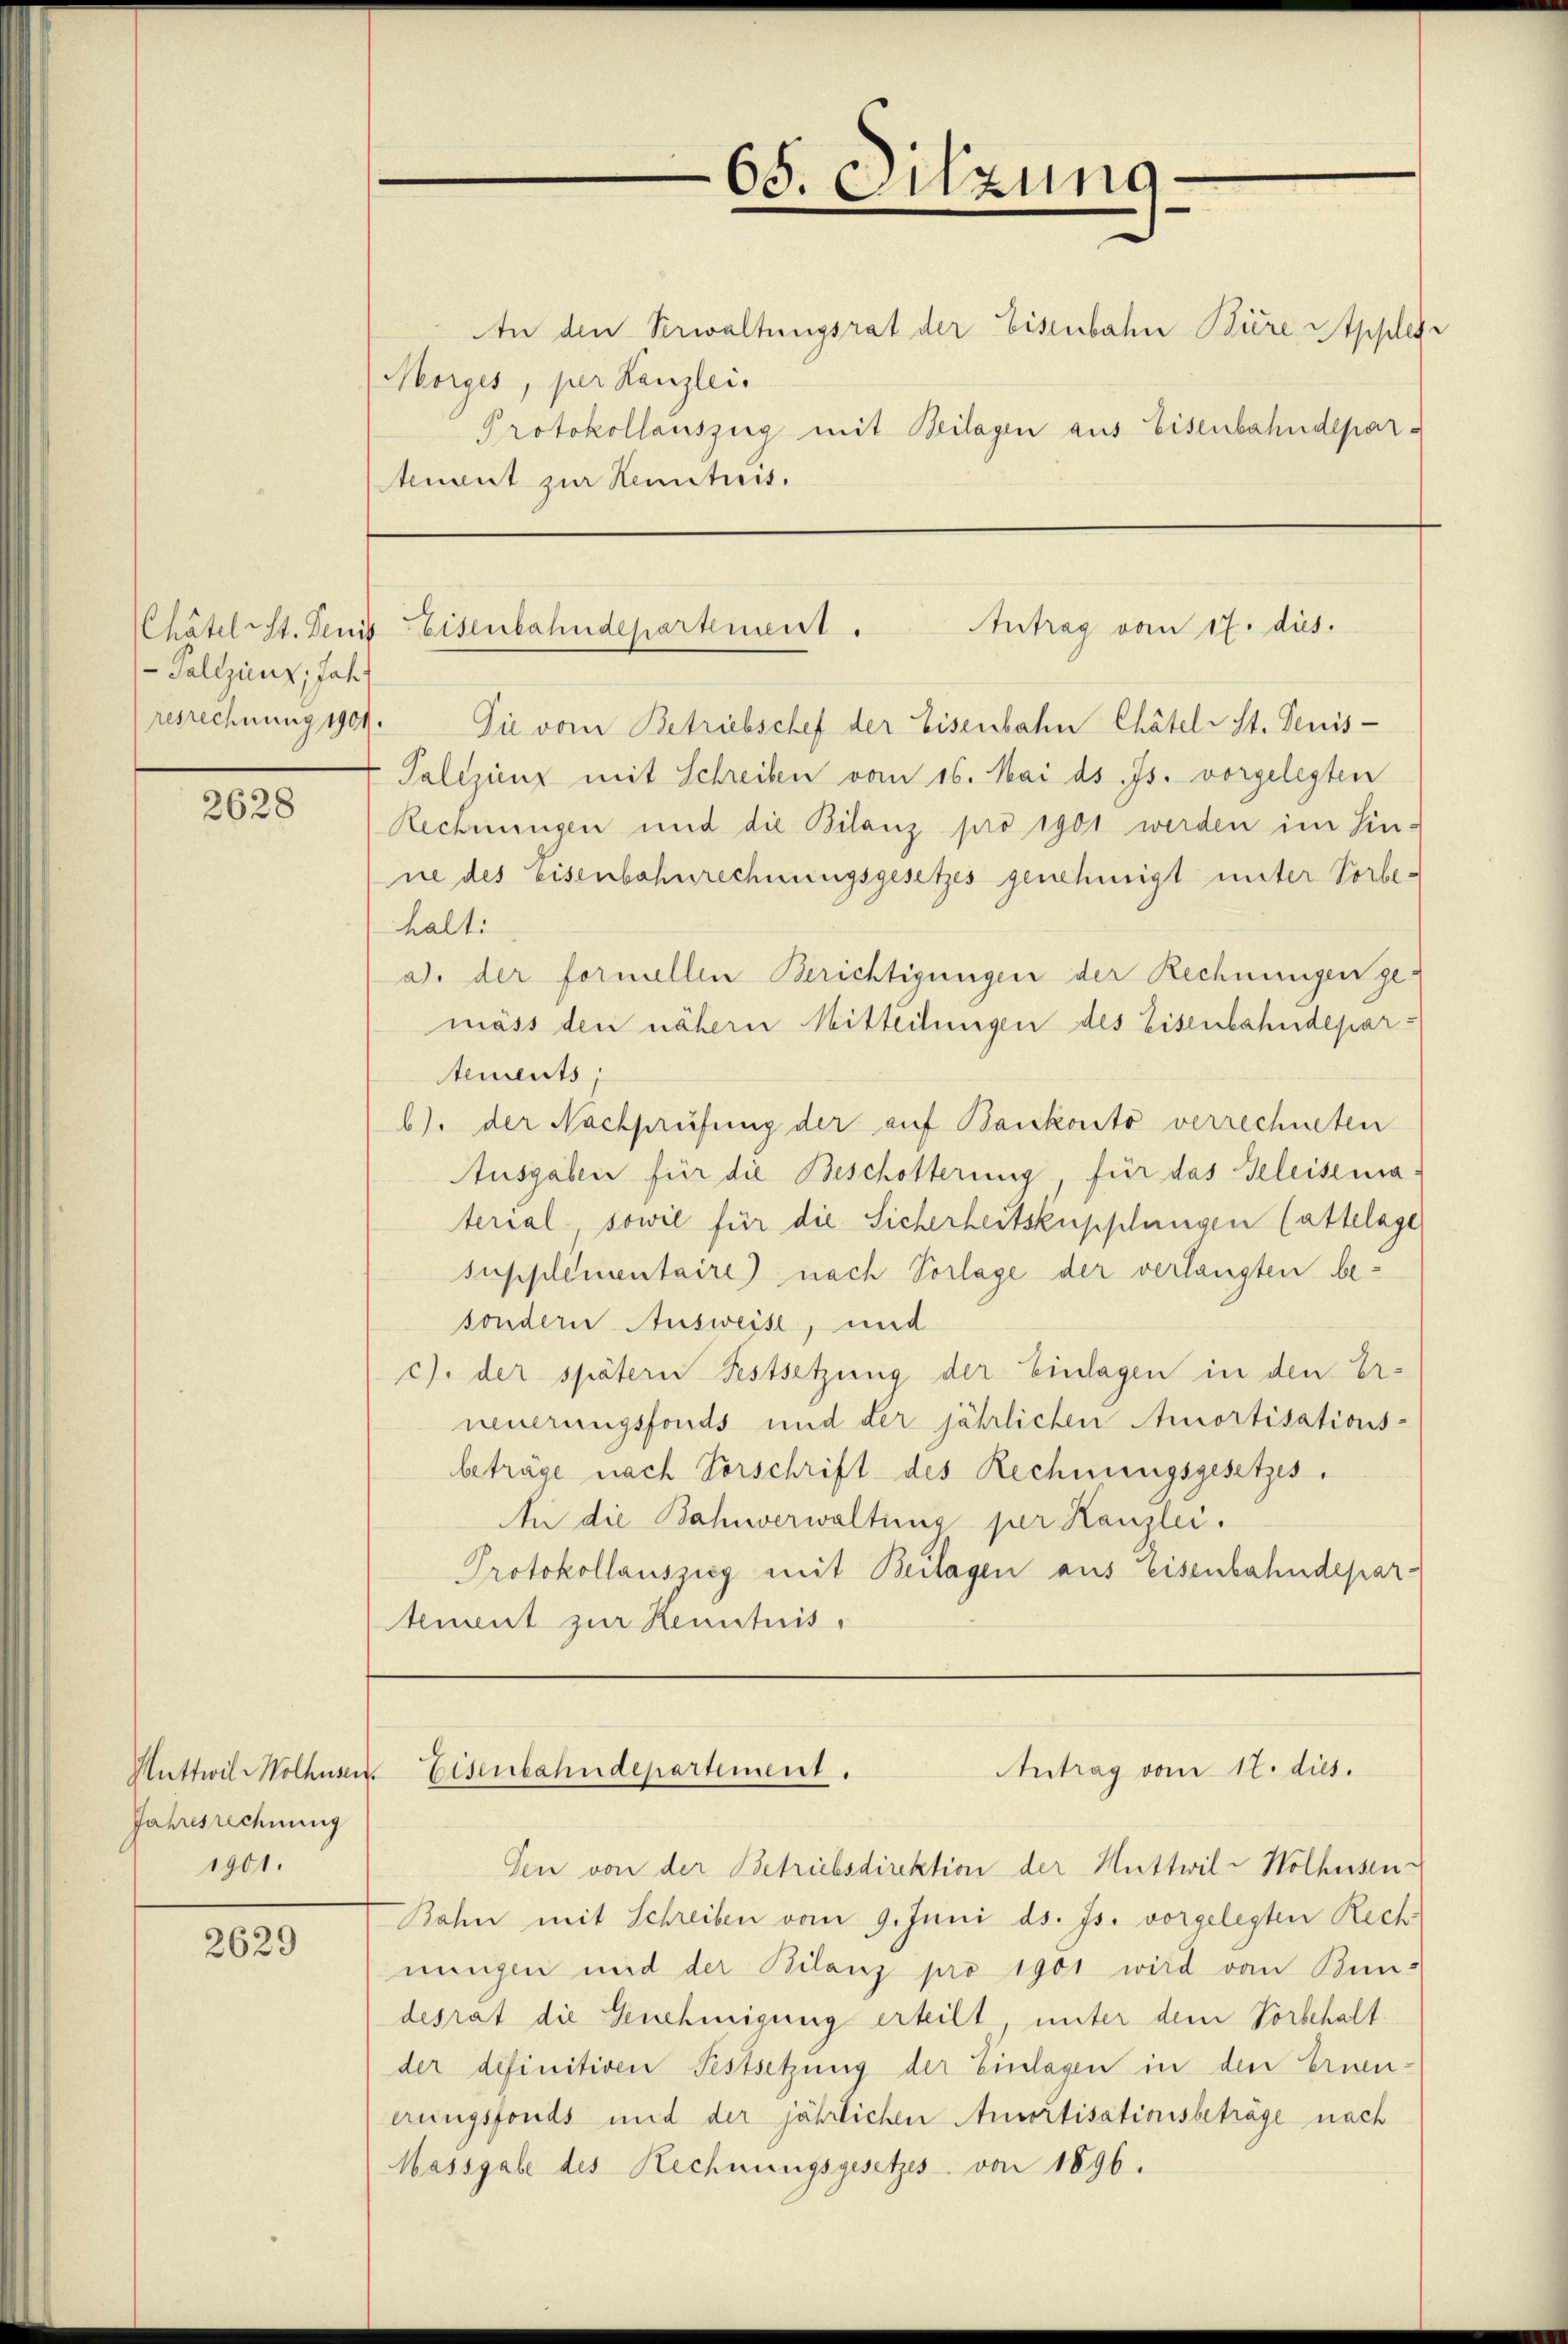
- Pollzienz, Jahr

2628

Jahresrechnung
1901.

2629

An den Verwaltungsrat der Eisenbahn Biere Appler
Morges, per Kanzlei.
Protokollauszug mit Beilagen aus Eisenbahndepartuent zur Kenntnis.

resrechnung 1909. Die vom Betriebschef der Eisenbahn Chätelst. Denis¬
Palizienz mit Schreiben vom 16. Mai d. Js. vorgelegten
Rechnungen und die Bilanz pro 1901 werden im Sinne des Eisenbahnrechnungsgesetzes genehmigt unter Vorbehalt.
ad. der formellen Berichtigungen der Rechnungen gemäss den nähern Mitteilungen des Eisenbahndepartements
b) der Nachprüfung der auf Bankonto verrechneten
Ausgaben für die Beschotterung, für das Geleisematerial sowie für die Sicherheitsküpplungen Cattelage
supplimentaire) nach Vorlage der verlangten besondern Ausweise, und
c). der spätern Festsetzung der Einlagen in den Er-
neuerungsfonds und der jährlichen Amortisations-
beträge nach Vorschrift des Rechnungsgesetzes.
An die Bahnverwaltung per Kanzlei.
Protokollauszeig mit Beilagen aus Eisenbahndepar-
tement zur Kenntnis,

den von der Betriebsdirektion der Huttwil-Wolkessen-
Rahn mit Schreiben vom 9. Juni ds. Js. vorgelegten Rech
ningen und der Bilanz pro 1901 wird von Bun-
desrat die Genehmigung erteilt, unter dem Vorbehalt.
der definitiven Festsetzung der Einlagen in den Ernen-
erungsfonds und der jährlichen Ansortisationsbeträge nach
Massgabe des Rechnungsgesetzes von 1896.

.
65. Sitzung.

Antrag vom 17. dies.
Chätel St. Denis Eisenbahndepartement.

Antrag vom 17. dies.
Huttwil Wolhusen Eisenbahndepartement.